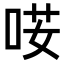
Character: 𠴑